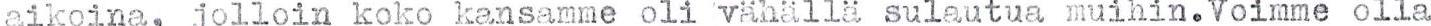
aikoina, jolloin koko kansamme oli vähällä sulautua muihin.Voimme olla